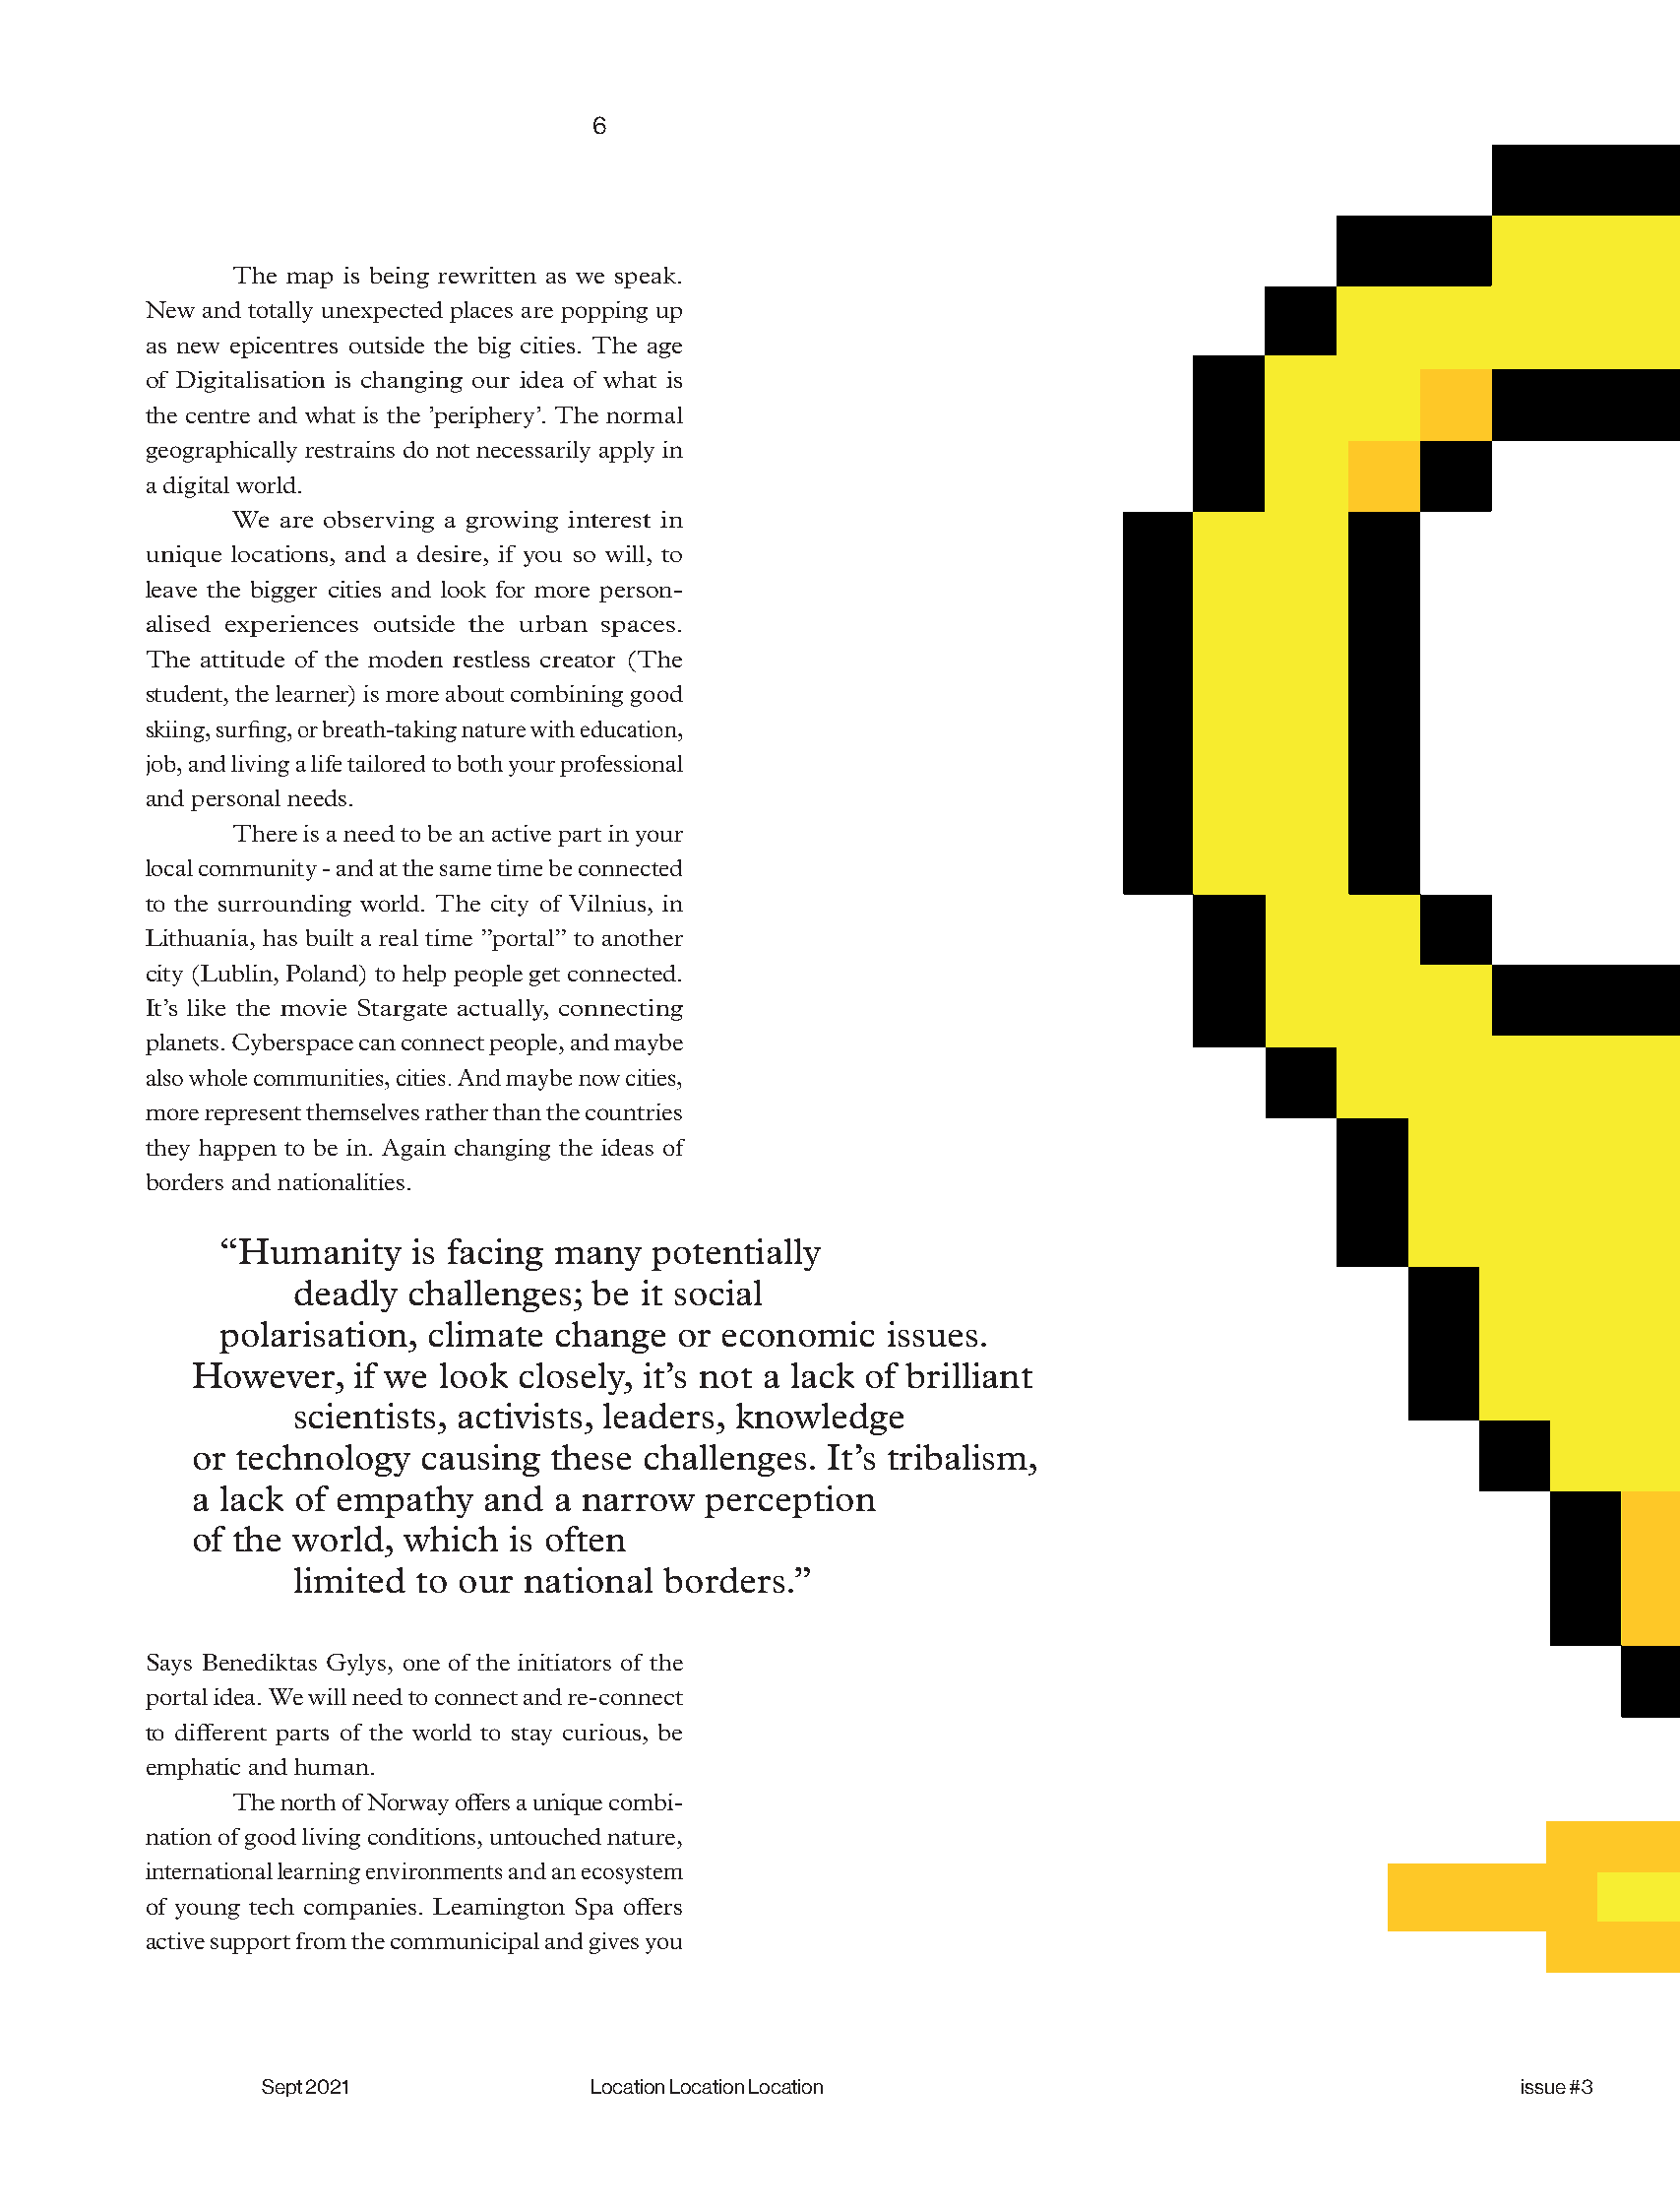
6
 The map is being rewritten as we speak.
 New and totally unexpected places are popping up
 as new epicentres outside the big cities. The age
 of Digitalisation is changing our idea of what is
 the centre and what is the ’periphery’. The normal
 geographically restrains do not necessarily apply in
 a digital world.
 We are observing a growing interest in
 unique locations, and a desire, if you so will, to
 leave the bigger cities and look for more person-
 alised experiences outside the urban spaces.
 The attitude of the moden restless creator (The
 student, the learner) is more about combining good
 skiing, surfing, or breath-taking nature with education,
 job, and living a life tailored to both your professional
 and personal needs.
 There is a need to be an active part in your
 local community - and at the same time be connected
 to the surrounding world. The city of Vilnius, in
 Lithuania, has built a real time ”portal” to another
 city (Lublin, Poland) to help people get connected.
 It’s like the movie Stargate actually, connecting
 planets. Cyberspace can connect people, and maybe
 also whole communities, cities. And maybe now cities,
 more represent themselves rather than the countries
 they happen to be in. Again changing the ideas of
 borders and nationalities.
 “Humanity    is facing many  potentially
 deadly challenges;  be it social
 polarisation, climate change   or economic   issues.
 However,   if we look closely, it’s not a lack of brilliant
 scientists, activists, leaders, knowledge
 or technology  causing  these challenges.  It’s tribalism,
 a lack of empathy   and a narrow  perception
 of the world, which  is often
 limited to our national  borders.”
 Says Benediktas Gylys, one of the initiators of the
 portal idea. We will need to connect and re-connect
 to different parts of the world to stay curious, be
 emphatic and human.
 The north of Norway offers a unique combi-
 nation of good living conditions, untouched nature,
 international learning environments and an ecosystem
 of young tech companies. Leamington Spa offers
 active support from the communicipal and gives you
 Sept 2021             Location Location Location                                    issue #3